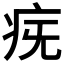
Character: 𤵀